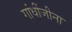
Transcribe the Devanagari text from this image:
गांधींजीना